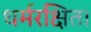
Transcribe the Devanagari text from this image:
धर्मरक्षित।